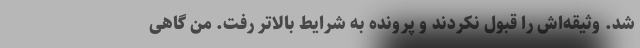
شد. وثیقه‌اش را قبول نکردند و پرونده به شرایط بالاتر رفت. من گاهی